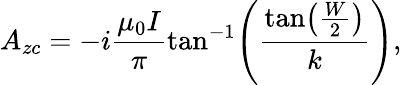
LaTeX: A_{zc}=-i\frac{\mu_{0}I}{\pi}\tan^{-1}\! \left(\frac{\tan\! \left(\frac{W}{2}\right)}{k}\right),